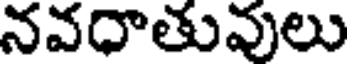
నవధాతువులు